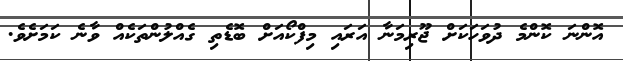
އޮންނަ ކޮންމެ ދުވަހަކަށް ޖޫރިމަނާ އަރައި މިފްކޯއަށް ބޮޑެތި ގެއްލުންތަކެއް ވާނެ ކަމަށެވެ.